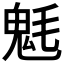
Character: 𩲊